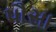
પૌસા